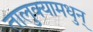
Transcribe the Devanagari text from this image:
तालुक्यामधुन्